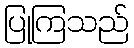
ပြုကြသည်